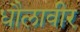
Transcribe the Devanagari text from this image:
धौलावीर